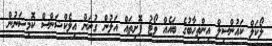
ލޯކަލް ކައުންސިލް އިންތިހާބުގެ ބައެއް ވޯޓު ފޮށިތައް އަލުން ގުނަން އިލެކްޝަންސް ކޮމިޝަނުން